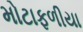
મોટાફળીયા